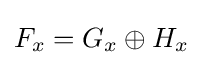
F_{x}=G_{x}\oplus H_{x}